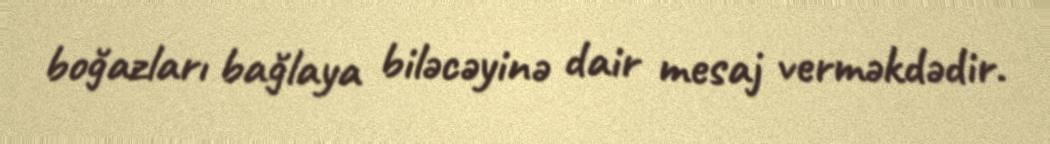
boğazları bağlaya biləcəyinə dair mesaj verməkdədir.